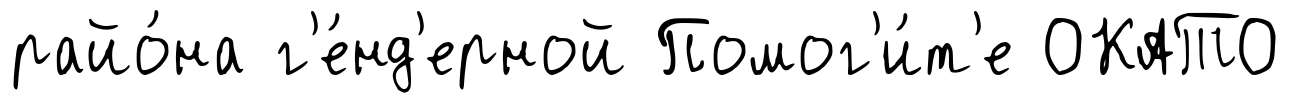
райо́на г'е́нд'ерной Помог'и́т'е ОКАТО